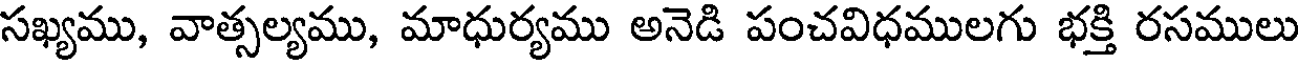
సఖ్యము, వాత్సల్యము, మాధుర్యము అనెడి పంచవిధములగు భక్తి రసములు